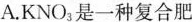
A.KNO_{3}是一种复合肥